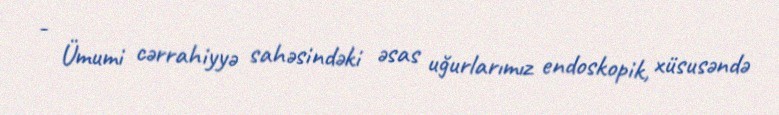
- Ümumi cərrahiyyə sahəsindəki əsas uğurlarımız endoskopik, xüsusəndə